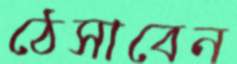
ঠেসাবেন